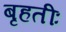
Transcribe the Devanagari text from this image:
बृहतीः